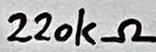
Text: 220kΩ